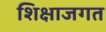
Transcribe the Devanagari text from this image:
शिक्षाजगत